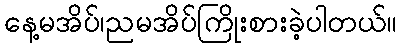
နေ့မအိပ်၊ညမအိပ်ကြိုးစားခဲ့ပါတယ်။